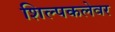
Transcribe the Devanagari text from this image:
शिल्पकलेवर